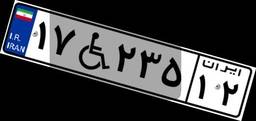
۴۳W۹۷۴۴۴